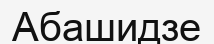
Абашидзе